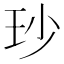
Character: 𤤉